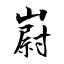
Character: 嶎